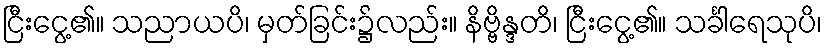
ငြီးငွေ့၏။ သညာယပိ၊ မှတ်ခြင်း၌လည်း။ နိဗ္ဗိန္ဒတိ၊ ငြီးငွေ့၏။ သင်္ခါရေသုပိ၊